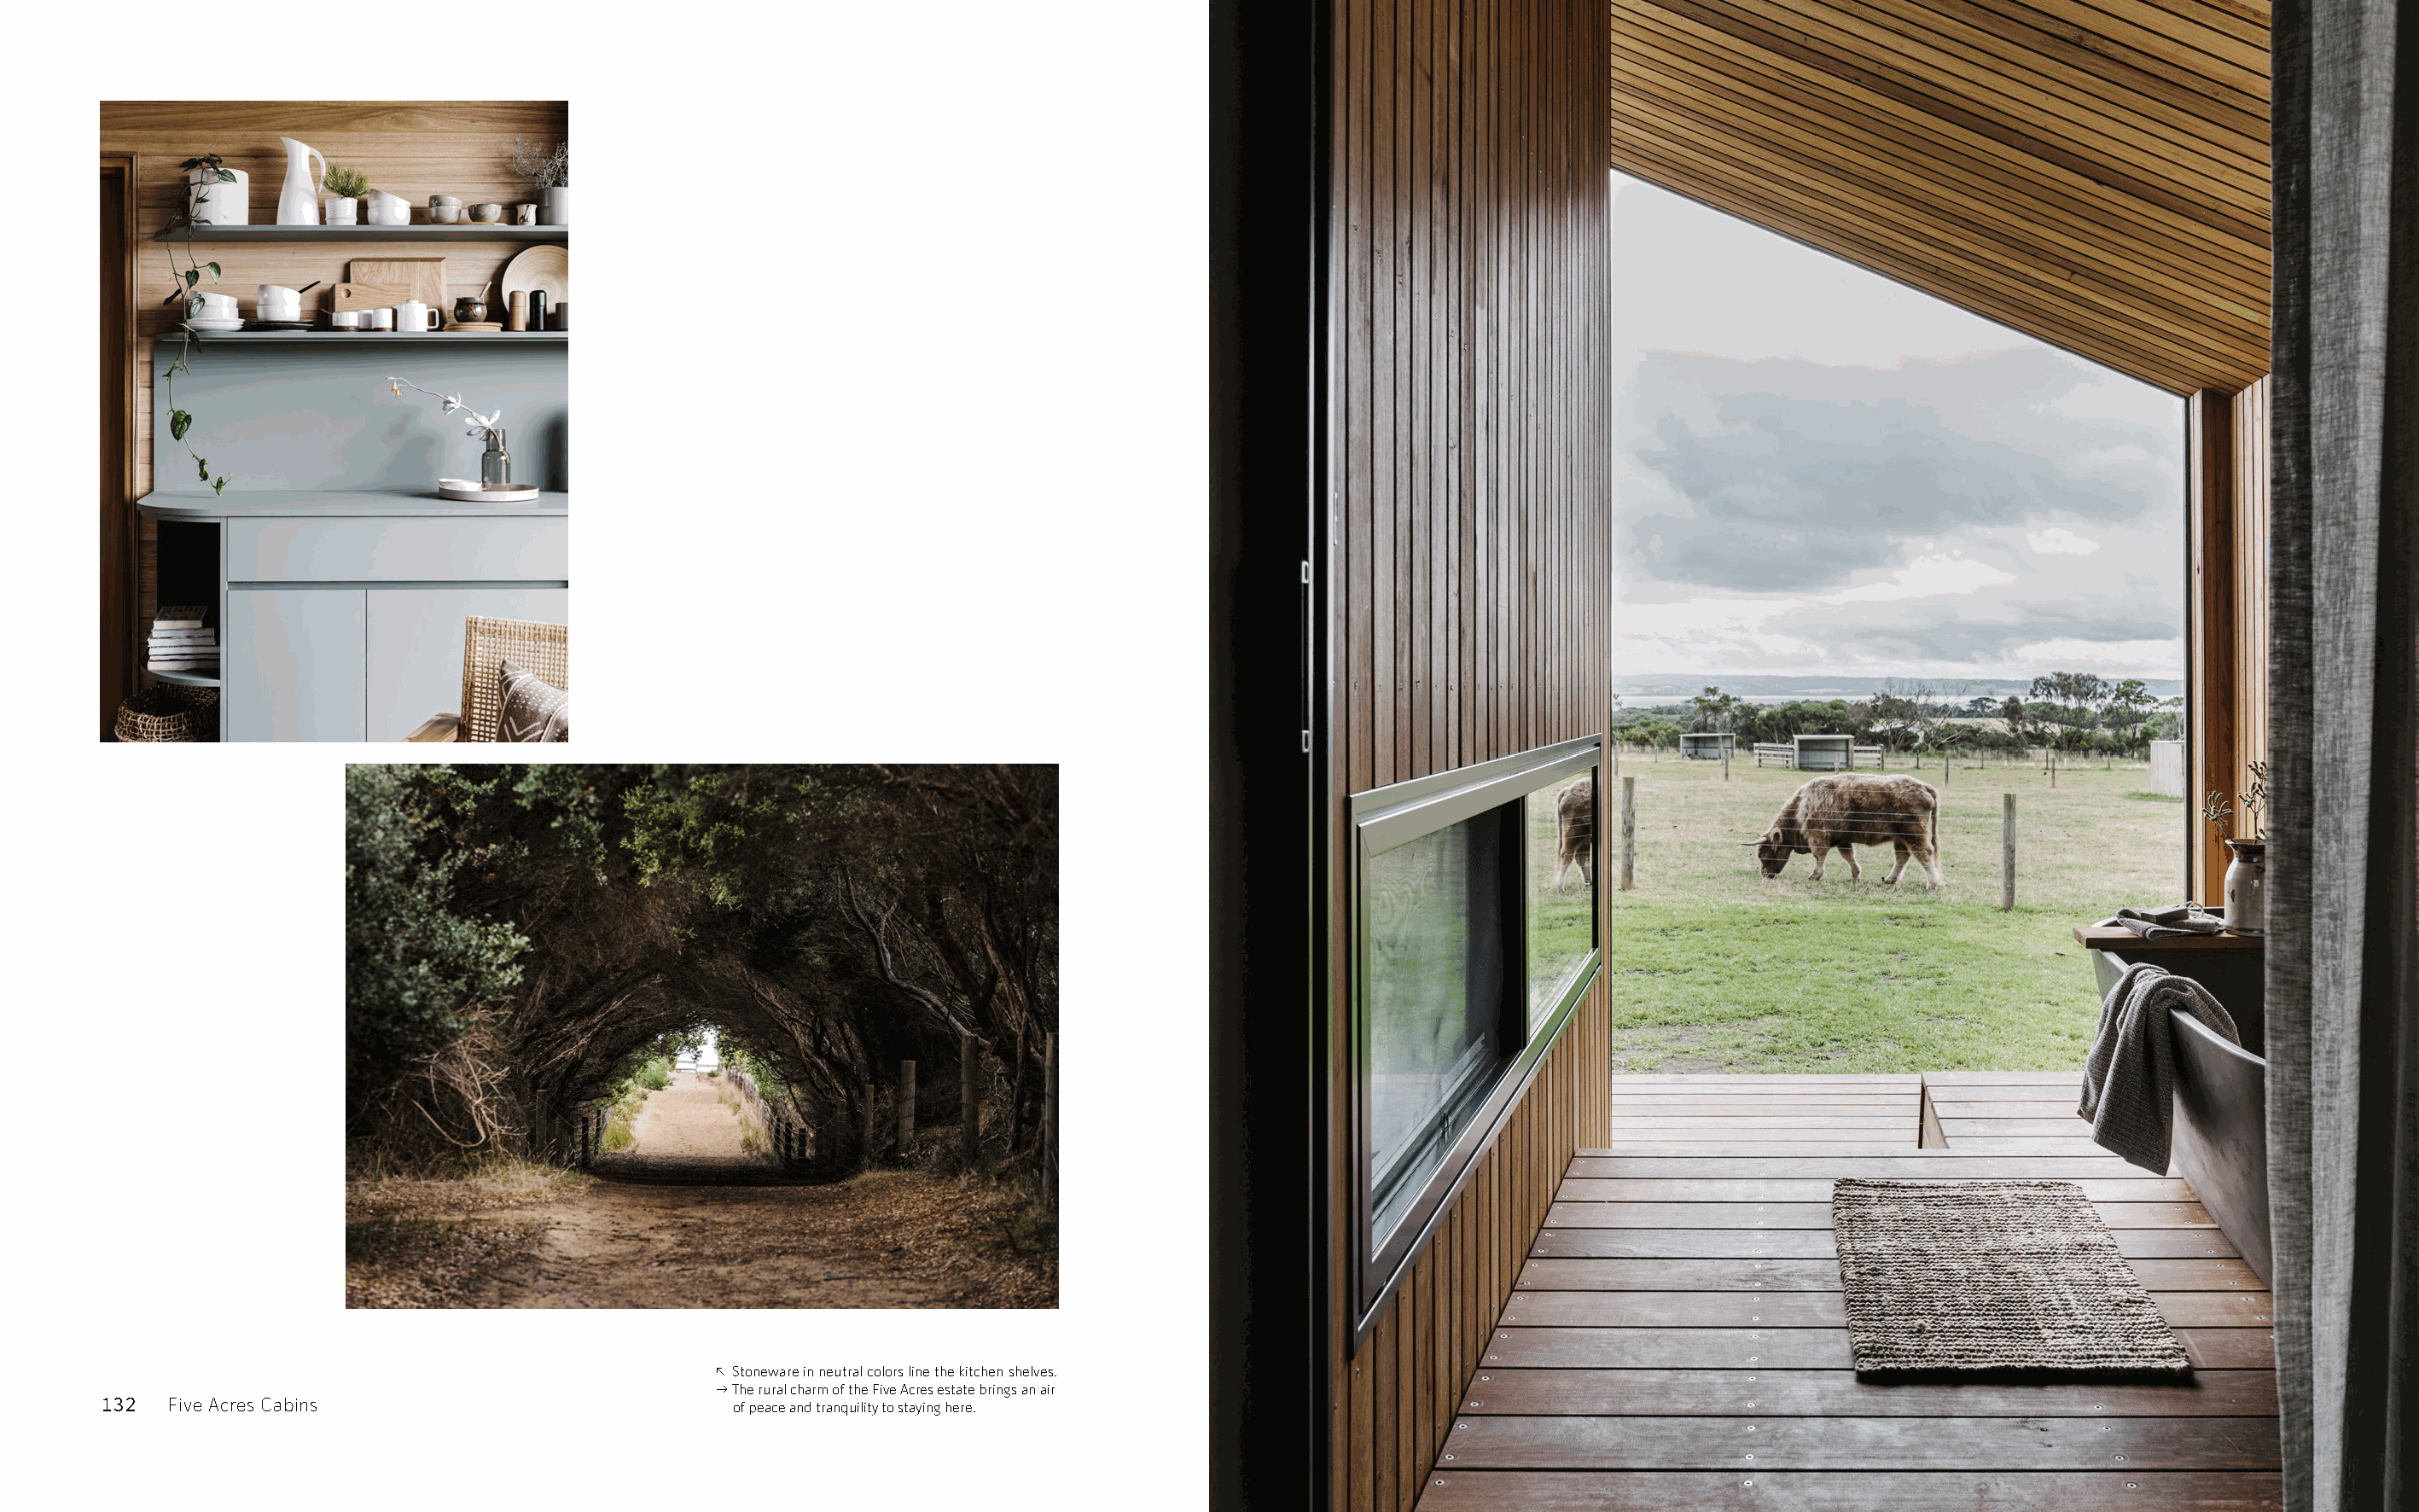
↖ Stoneware in neutral colors line the kitchen shelves.
 → The rural charm of the Five Acres estate brings an air
 132  Five Acres Cabins                           of peace and tranquility to staying here.